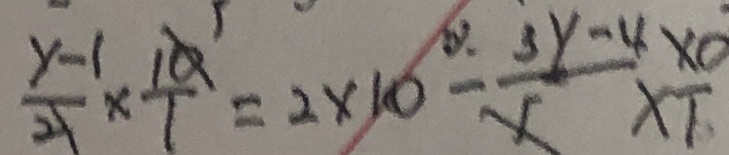
\frac { y - 1 } { 2 } \times \frac { 1 0 } { 1 } = 2 \times 1 0 - \frac { 3 y - 4 } { 5 } \times \frac { 1 0 } { 1 }